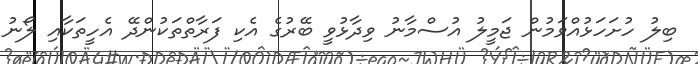
ބިލު ހުށަހަޅުއްވަމުން ޖަމީލު އުސްމާނު ވިދާޅުވީ ބޭރުގެ އެކި ފަރާތްތަކުންދޭ އެހީތަކާއި ލޯނު